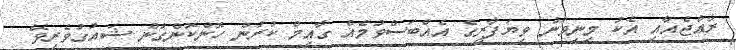
ރާއްޖެއާއި އެކު މިނިވަން ވިޔަފާރީގެ އެއްބަސްވުމެއް ގާއިމް ކުރަން ހޮންކޮންގުން ޝައުގުވެރިވޭ